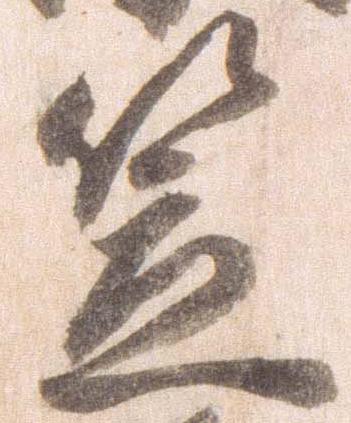
笠